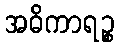
အဓိကာရဉ္စ